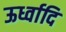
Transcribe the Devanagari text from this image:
ऊर्ध्वादि